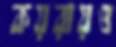
কয়রায়ও